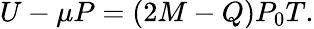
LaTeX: U-\mu P=(2M-Q)P_{0}T.